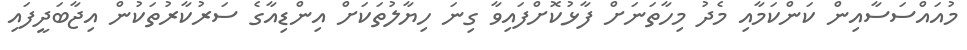
މުއައްސަސާއިން ކަންކަމާއި މެދު މިހާތަނަށް ފާޅުކޮށްފައިވާ ގިނަ ހިޔާލުތަކަށް އިންޑިއާގެ ސަރުކާރުތަކުން އިޖާބަދީފައި